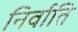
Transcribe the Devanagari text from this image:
निर्वाति